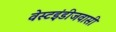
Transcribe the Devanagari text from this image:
वेस्टइंडीजवासी